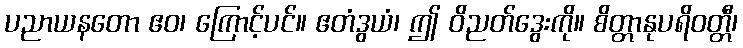
ပညာယနတော ဧဝ၊ ကြောင့်ပင်။ ဧတံဒွယံ၊ ဤ ဝိညတ်ဒွေးကို။ စိတ္တာနုပရိဝတ္တီ၊